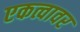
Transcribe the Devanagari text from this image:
एकत्वावर